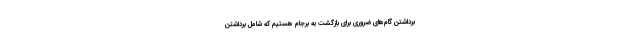
برداشتن گام‌های ضروری برای بازگشت به برجام هستیم که شامل برداشتن